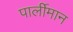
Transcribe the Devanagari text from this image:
पार्लीमान